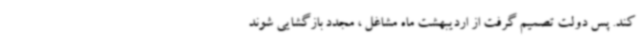
کند. پس دولت تصمیم گرفت از اردیبهشت ماه مشاغل ، مجدد بازگشایی شوند